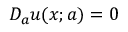
D _ { a } u ( x ; a ) = 0